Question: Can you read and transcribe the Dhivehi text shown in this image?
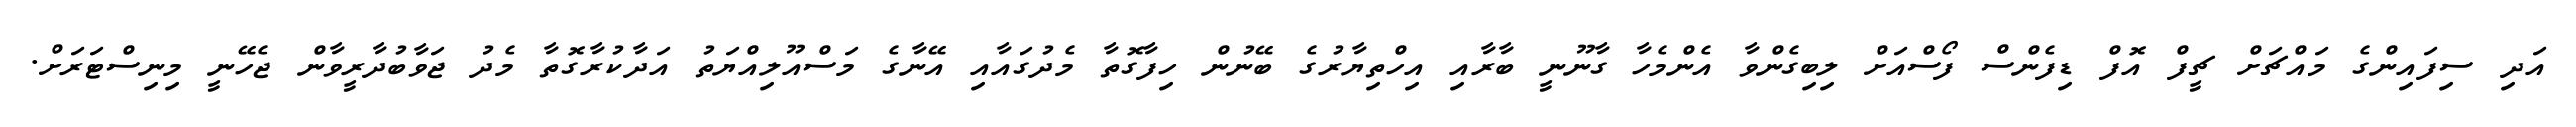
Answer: އަދި ސިފައިންގެ މައްޗަށް ޗީފް އޮފް ޑިފެންސް ފޯސްއަށް ލިބިގެންވާ އެންމެހާ ގާނޫނީ ބާރާއި އިހްތިޔާރުގެ ބޭނުން ހިފާގޮތާ މެދުގައާއި އޭނާގެ މަސްއޫލިއްޔަތު އަދާކުރާގޮތާ މެދު ޖަވާބުދާރީވާން ޖެހޭނީ މިނިސްޓަރަށް.